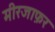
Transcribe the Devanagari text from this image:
मीरजाफ़र